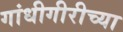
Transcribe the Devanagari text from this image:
गांधीगीरीच्या